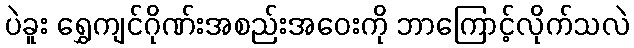
ပဲခူး ရွှေကျင်ဂိုဏ်းအစည်းအဝေးကို ဘာကြောင့်လိုက်သလဲ